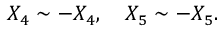
X _ { 4 } \sim - X _ { 4 } , \ \ \ X _ { 5 } \sim - X _ { 5 } .